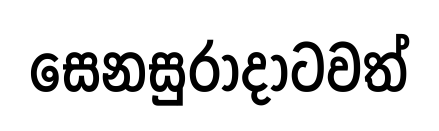
සෙනසුරාදාටවත්